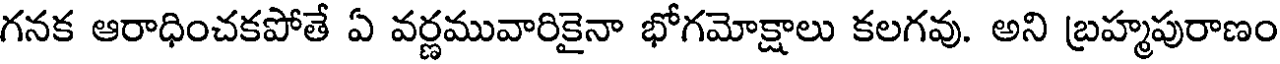
గనక ఆరాధించకపోతే ఏ వర్ణమువారికైనా భోగమోక్షాలు కలగవు. అని బ్రహ్మపురాణం